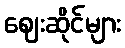
ဈေးဆိုင်များ